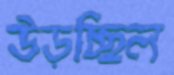
উড়চ্ছিল